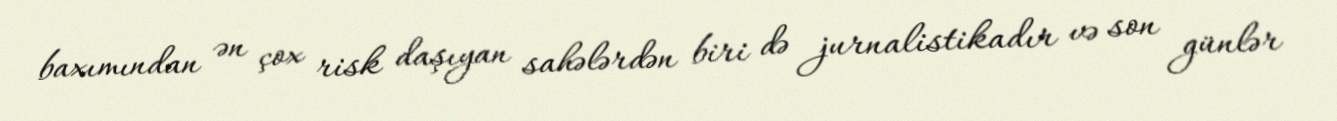
baxımından ən çox risk daşıyan sahələrdən biri də jurnalistikadır və son günlər